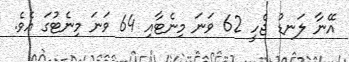
އޭނާ ލަނޑު ޖެހީ 62 ވަނަ މިނެޓާއި 64 ވަނަ މިނެޓުގަ އެވެ.